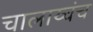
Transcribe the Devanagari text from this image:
चालाय्चंच